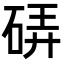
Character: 硦